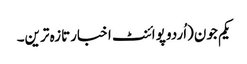
یکم جون(اُردو پوائنٹ اخبارتازہ ترین۔